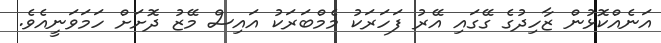
އަނެއްކޮޅުން ޒާހިދުގެ ގޭގައި އޭރު ފަހަރަކު މެމްބަރަކު އައިސް މޭޒު ދޮށަށް ހަމަވަނީއެވެ.